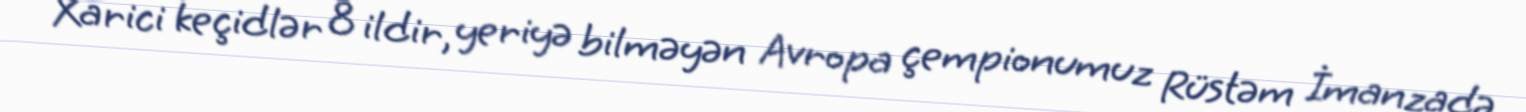
Xarici keçidlər 8 ildir, yeriyə bilməyən Avropa çempionumuz Rüstəm İmanzadə